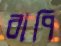
বাপি